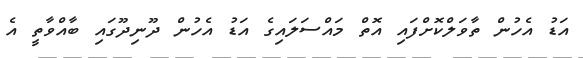
އަޑު އެހުން ތާވަލްކޮށްފައި އޮތް މައްސަލައިގެ އަޑު އެހުން ދޫނިދޫގައި ބާއްވާތީ އެ